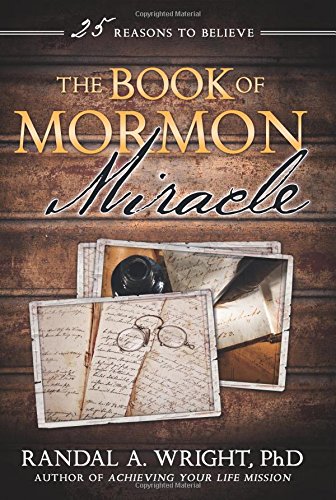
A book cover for The Book of Mormon Miracle: 25 Reasons to Believe; Randal A. Wright; Christian Books & Bibles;